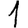
Digit: 1